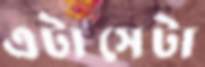
এটাসেটা